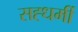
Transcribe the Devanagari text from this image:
सह्धर्मी